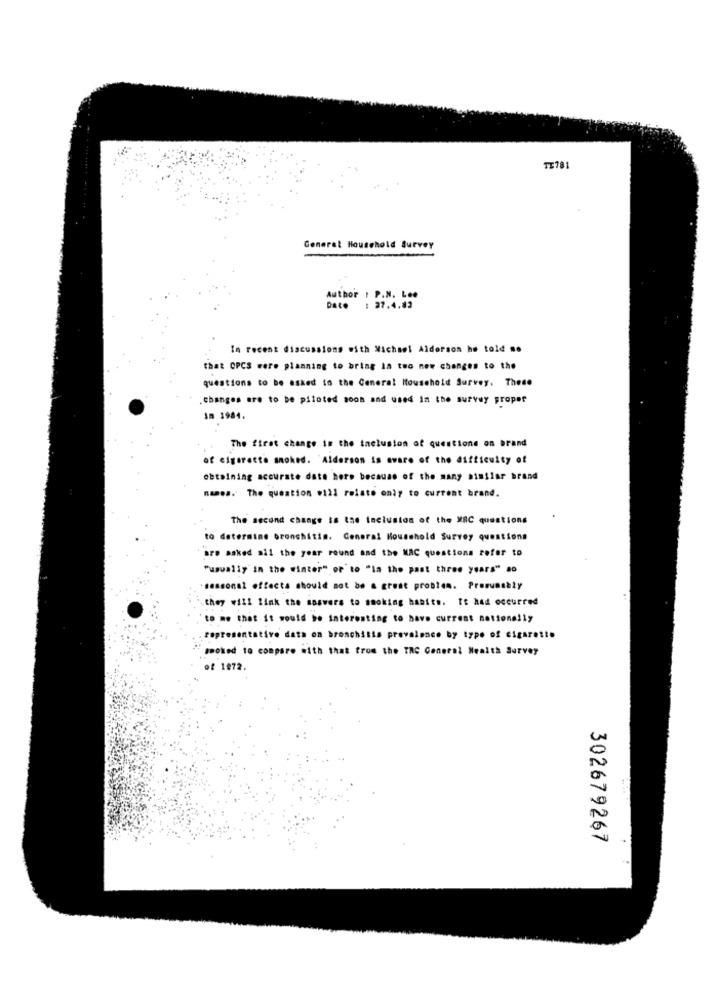
TE781
General Household Survey
Author : P.N. Lee
Dato
: 27.4.82
In recent discussions with Michael Aldorson he told no
that OPCS were planning to bring In two new changes to the
questions to be asked to the General Household Survey. These
.changes are to be piloted soon and used in the survey proper
Im 1984.
The firet change in the inclusion of questions on brand
of cigarette smoked. Alderson is aware of the difficulty of
obtaining accurate date here because of the many similar brand
names. The queation will relato only to current brand.
The second change is the inclusion of the XRC questions
to determine bronchitis. General Household Survey questions
are asked all the year round and the MAC questions refer to
"usually in the winter" or' to "la the past three years" ao
-seasonal effects should not be a great problem. Presumably
they will link the answers to smoking habits. It had occurred
to me that it would be interesting to have current nationally
representative data on bronchitis prevalence by type of cigarette
moked to compare with that from the TRC General Health Survey
of 1972 .
302679267